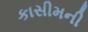
કાસીમની